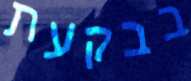
בבקעת